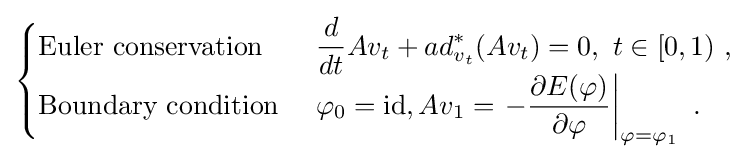
{\begin{cases}{\text{Euler conservation }}&\displaystyle {\frac {d}{dt}}Av_{t}+ad_{v_{t}}^{*}(Av_{t})=0,\ t\in [0,1)\ ,\\{\text{Boundary condition }}&\displaystyle \varphi _{0}={\rm {id}},Av_{1}=\left.-{\frac {\partial E(\varphi )}{\partial \varphi }}\right|_{\varphi =\varphi _{1}}\ .\end{cases}}